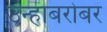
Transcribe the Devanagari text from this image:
उन्हाबरोबर